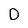
Character: D